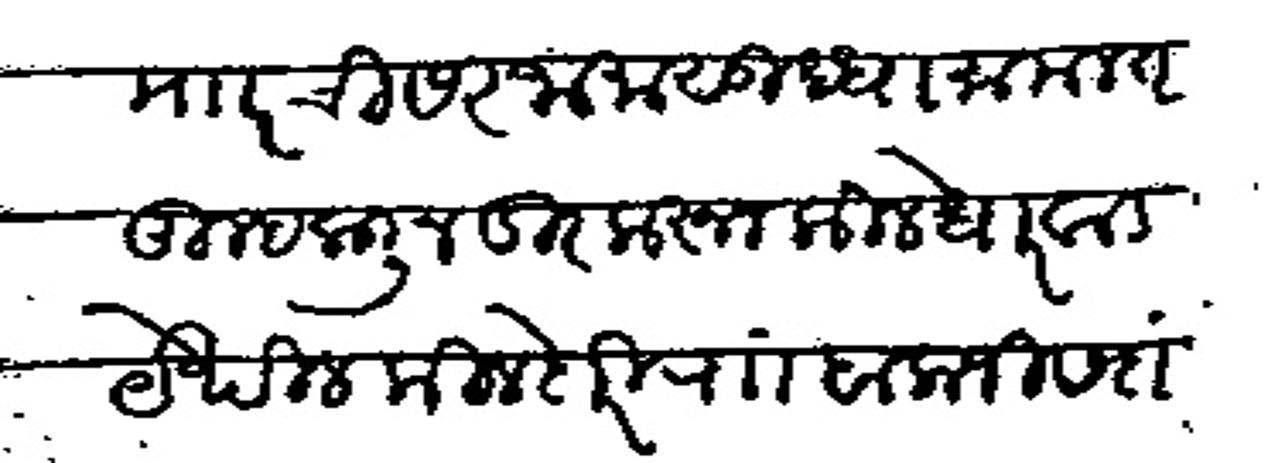
Transliteration (Devanagari): किलेमारचा सरजामसुधा मामलत तुम्हाकडून दूर करून किले धारवाड येथील किलेदारी रा बालाजी सदासिव